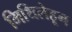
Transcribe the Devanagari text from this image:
मिथिलेहून